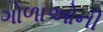
ગોળાઓની